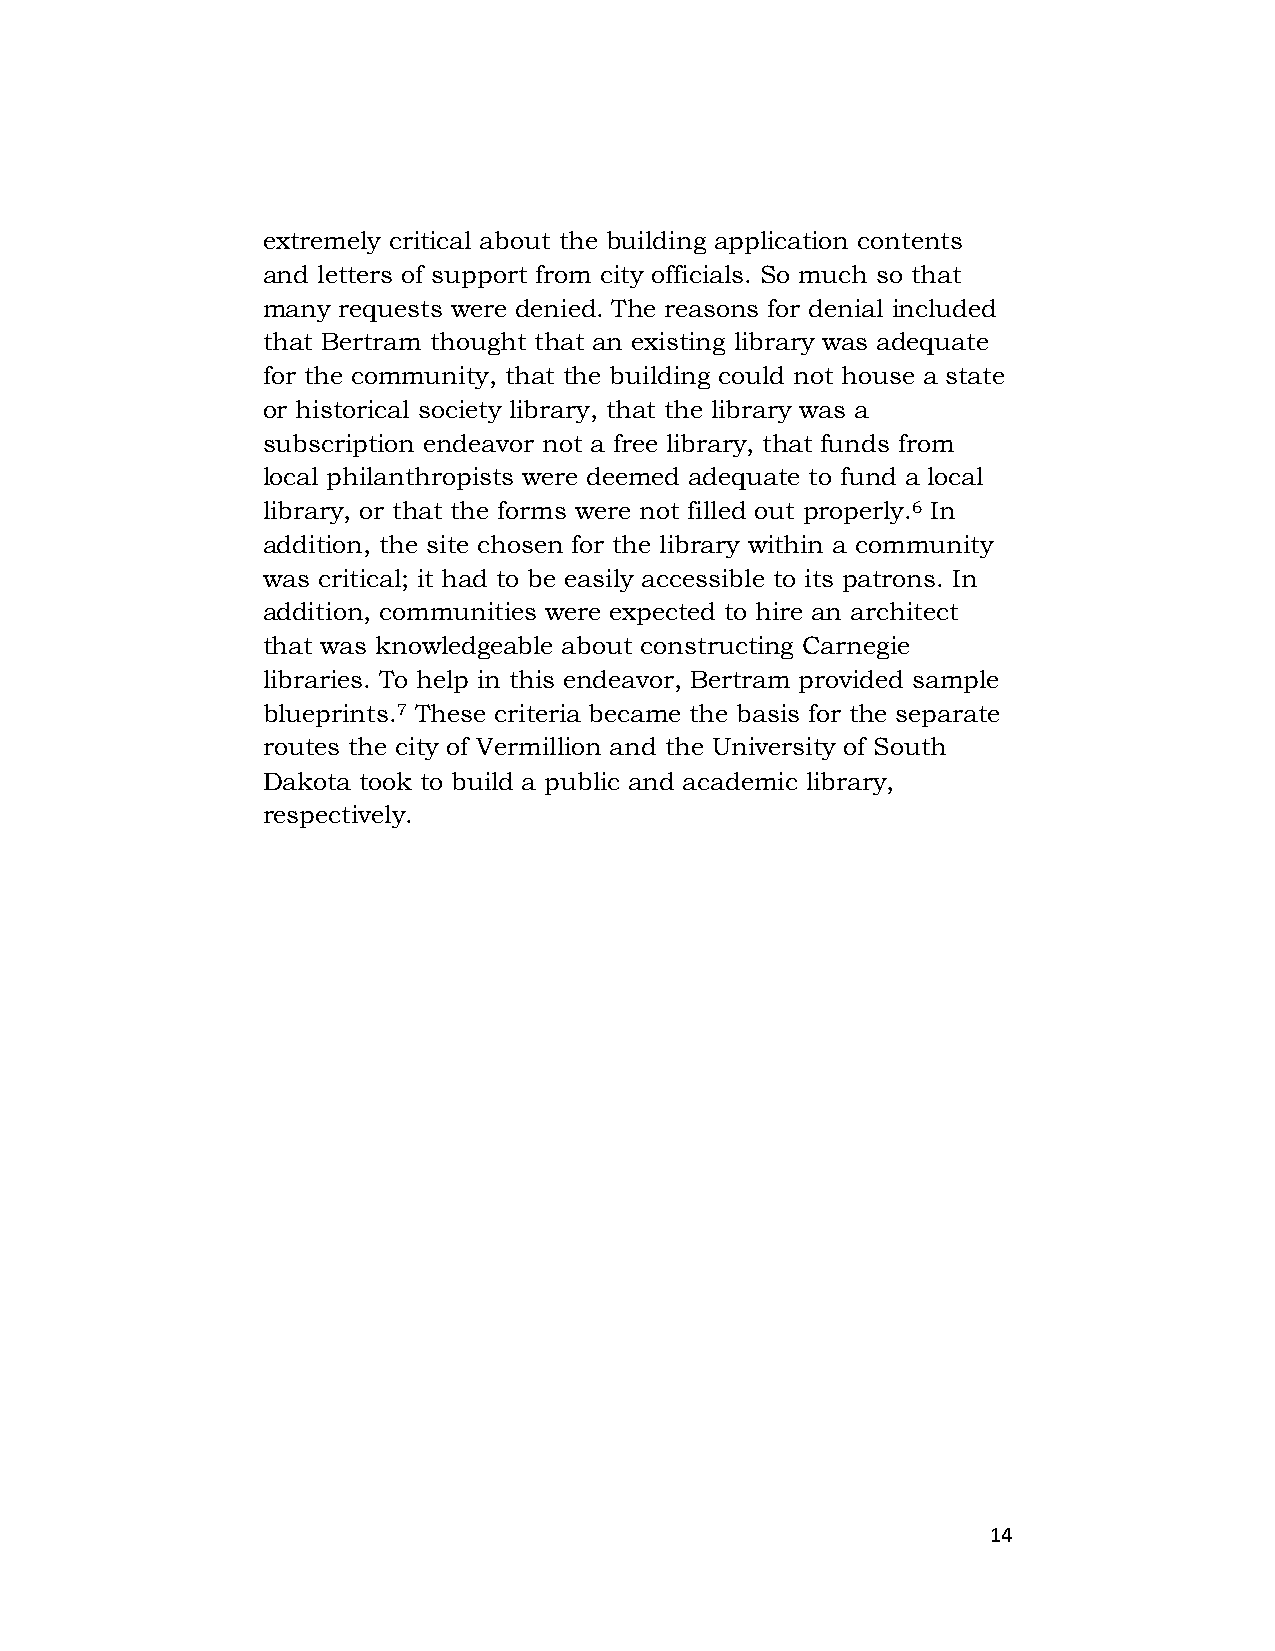
extremely critical about the building application contents
 and letters of support from city officials. So much so that
 many requests were denied. The reasons for denial included
 that Bertram thought that an existing library was adequate
 for the community, that the building could not house a state
 or historical society library, that the library was a
 subscription endeavor not a free library, that funds from
 local philanthropists were deemed adequate to fund a local
 library, or that the forms were not filled out properly.6 In
 addition, the site chosen for the library within a community
 was critical; it had to be easily accessible to its patrons. In
 addition, communities were expected to hire an architect
 that was knowledgeable about constructing Carnegie
 libraries. To help in this endeavor, Bertram provided sample
 blueprints.7 These criteria became the basis for the separate
 routes the city of Vermillion and the University of South
 Dakota took to build a public and academic library,
 respectively.
 14